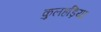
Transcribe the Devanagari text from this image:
कुलहड़िया